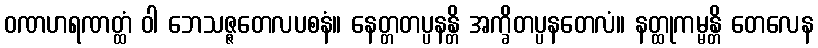
ဝဏဟရဏတ္ထံ ဝါ ဘေသဇ္ဇတေလပစနံ။ နေတ္တတပ္ပနန္တိ အက္ခိတပ္ပနတေလံ။ နတ္ထုကမ္မန္တိ တေလေန